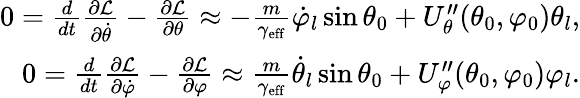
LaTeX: \begin{array}{r}{0=\frac{d}{dt}\frac{\partial\mathcal{L}}{\partial\dot{\theta}}-\frac{\partial\mathcal{L}}{\partial\theta}\approx-\frac{m}{\gamma_{\mathrm{eff}}}\dot{\varphi}_{l}\sin\theta_{0}+U_{\theta}^{\prime\prime}(\theta_{0},\varphi_{0})\theta_{l},}\\ {0=\frac{d}{dt}\frac{\partial\mathcal{L}}{\partial\dot{\varphi}}-\frac{\partial\mathcal{L}}{\partial\varphi}\approx\frac{m}{\gamma_{\mathrm{eff}}}\dot{\theta}_{l}\sin\theta_{0}+U_{\varphi}^{\prime\prime}(\theta_{0},\varphi_{0})\varphi_{l}.}\end{array}